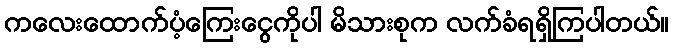
ကလေးထောက်ပံ့ကြေးငွေကိုပါ မိသားစုက လက်ခံရရှိကြပါတယ်။